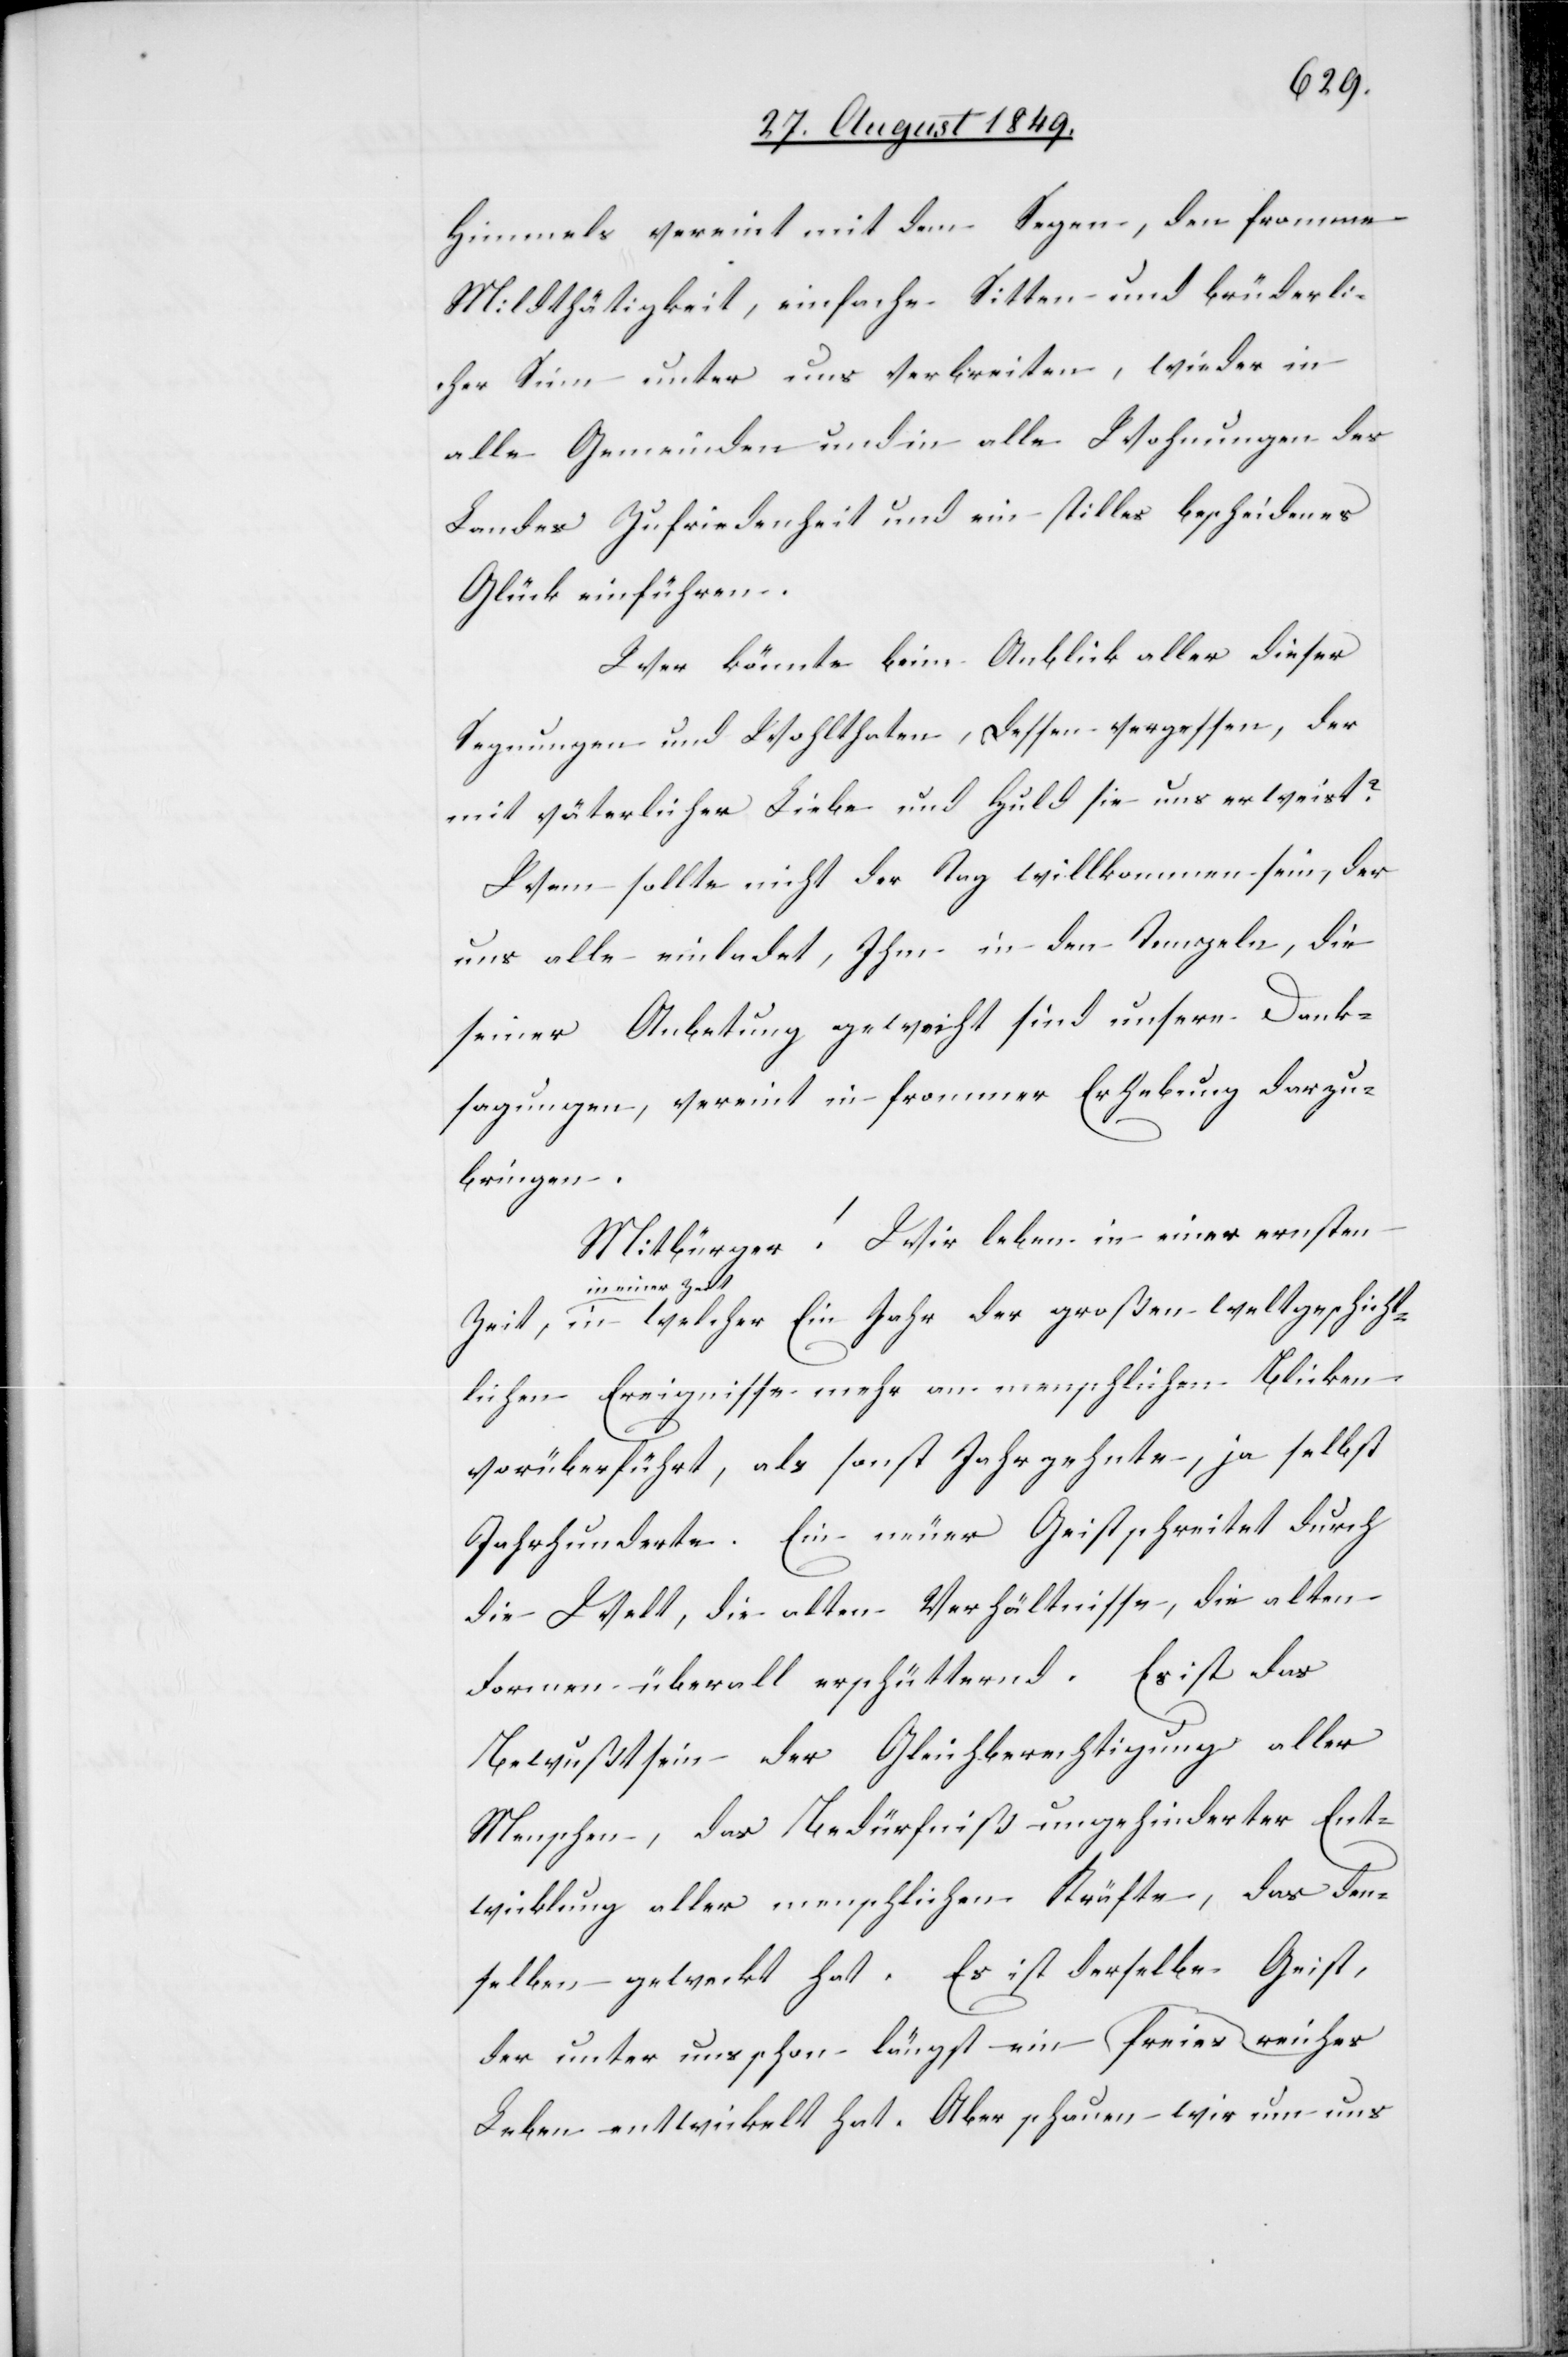
Himmels vereint mit dem Segen, den fromme
Mildthätigkeit, einfache Sitten und brüderli¬
cher Sinn unter uns verbreiten, wieder in
alle Gemeinden und in alle Wohnungen des
Landes Zufriedenheit und ein stilles bescheidenes
Glück einführen.
Wer könnte beim Anblick aller dieser
Segnungen und Wohlthaten, dessen vergessen, der
mit väterlicher Liebe und Huld sie uns erweist?
Wem sollte nicht der Tag willkommen sein, der
uns alle einladet, Ihm in den Tempeln, die
seiner Anbetung geweiht sind unsere Dank¬
sagungen, vereint in frommer Erhebung darzu¬
bringen.
Mitbürger! Wir leben in einer ernsten
Zeit-a in welcher Ein Jahr der großen weltgeschicht¬
lichen Ereignisse mehr an menschlichen Blicken
vorüberführt, als sonst Jahrzehnte, ja selbst
Jahrhunderte. Ein neuer Geist schreitet durch
die Welt, die alten Verhältnisse, die alten
Formen überall erschütternd. Es ist das
Bewußtsein der Gleichberechtigung aller
Menschen, das Bedürfniß ungehinderter Ent¬
wicklung aller menschlichen Kräfte, das den¬
selben geweckt hat. Es ist derselbe Geist,
der unter uns schon längst ein reiches freies
Leben entwickelt hat. Aber schauen wir um uns

einer